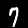
Label: 7